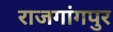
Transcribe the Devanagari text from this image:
राजगांगपुर